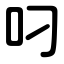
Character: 叼